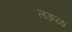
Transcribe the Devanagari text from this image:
लऊळ